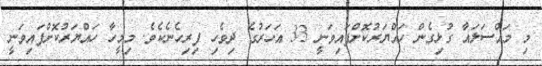
މި މައްސަލައާ ގުޅިގެން ހައްޔަރުކޮށްފައިވަނީ 33 އަހަރުގެ ދިވެހި ފިރިހެނެކެވެ. މިމީހާ ހައްޔަރުކޮށްފައިވަނީ